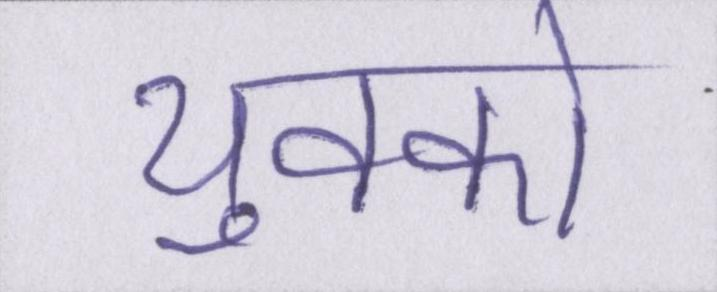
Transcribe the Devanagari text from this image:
युवको